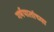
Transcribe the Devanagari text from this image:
गर्भपातांच्या